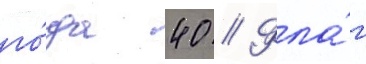
го́да 40 // Фла́г